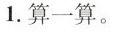
1.算一算。